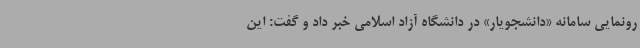
رونمایی سامانه «دانشجویار» در دانشگاه آزاد اسلامی خبر داد و گفت: این